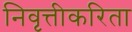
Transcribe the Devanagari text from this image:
निवृत्तीकरिता